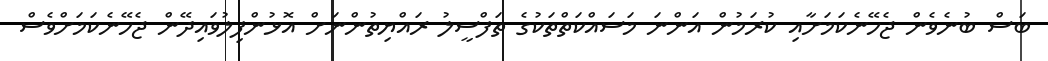
ބަސް ބުނެވެން ޖެހޭނެކަމަށާއި ކުރަމުން އަންނަ މަސައްކަތްތަކުގެ ތަފްސީލު ރައްޔިތުންނަށް އޮޅުންފިލުވައިދޭން ޖެހޭނެކަމަށްވެސް